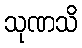
သုဏသိ